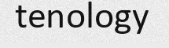
tenology